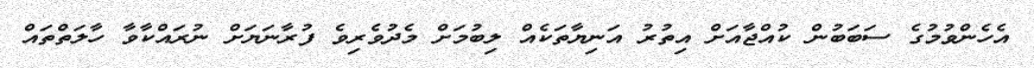
އެހެންވުމުގެ ސަބަބުން ކުއްޖާއަށް އިތުރު އަނިޔާތަކެއް ލިބުމަށް މެދުވެރިވެ ފުރާނަޔަށް ނުރައްކާވާ ހާލަތްތައް